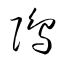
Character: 隝